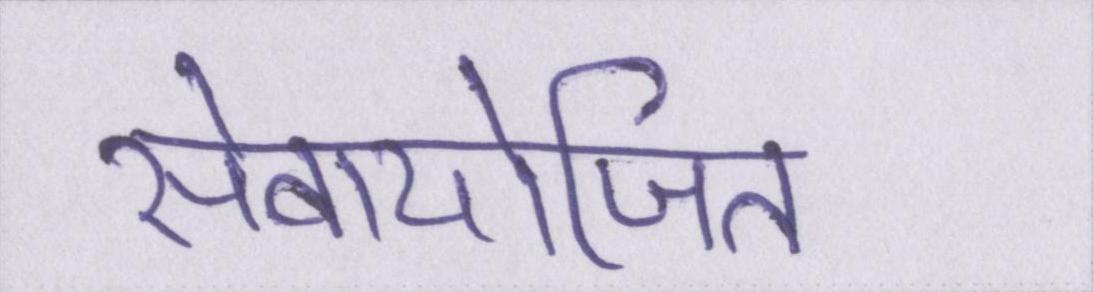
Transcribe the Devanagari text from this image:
सेवायोजित